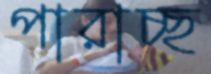
পারাচ্ছ